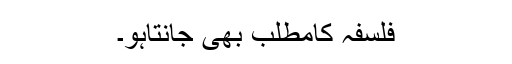
فلسفہ کامطلب بھی جانتاہو۔